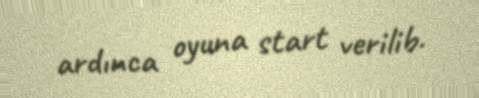
ardınca oyuna start verilib.